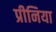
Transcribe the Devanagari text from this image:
प्रीनिया